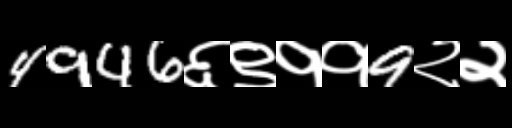
Text: 4946६९११9२२